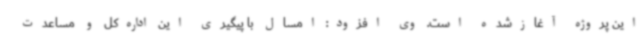
این پروژه آغازشده است. وی افزود: امسال با پیگیری این اداره‌کل و مساعدت